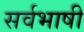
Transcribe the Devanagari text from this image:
सर्वभाषी